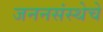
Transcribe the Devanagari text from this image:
जननसंस्थेचे